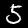
Digit: 5